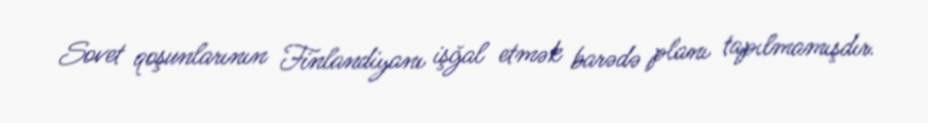
Sovet qoşunlarının Finlandiyanı işğal etmək barədə planı tapılmamışdır.